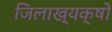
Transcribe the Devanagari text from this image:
जिलाख्यक्षों